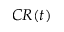
C R ( t )